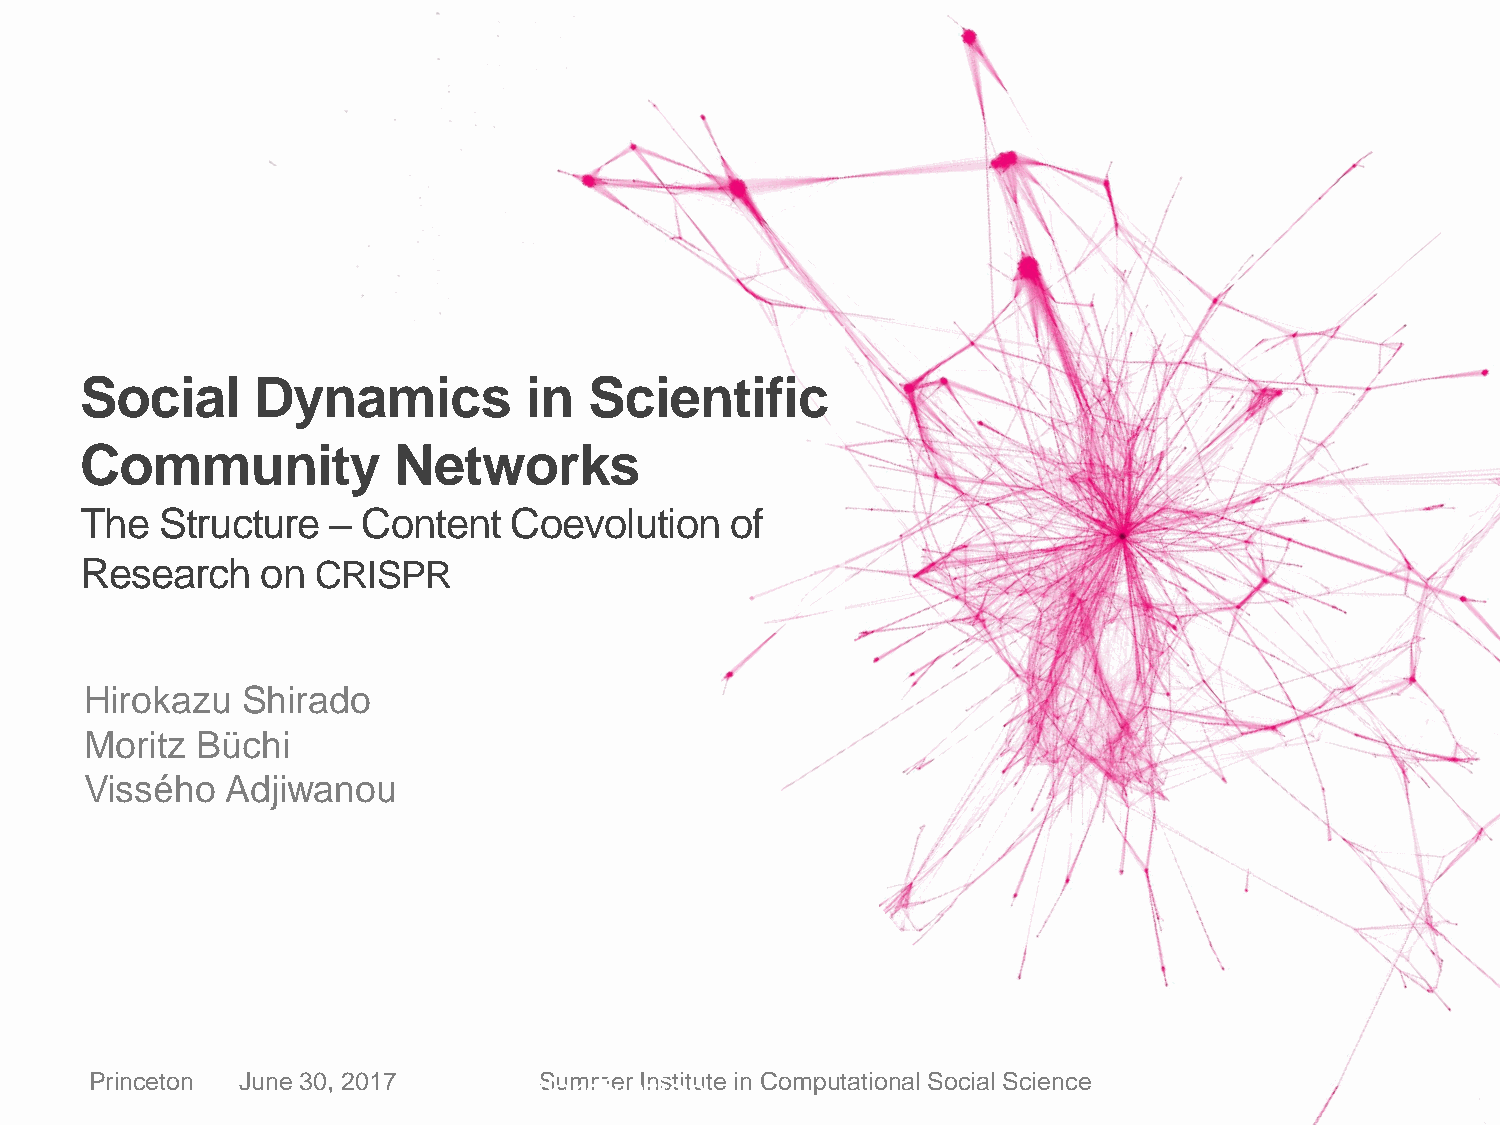
Social      Dynamics          in  Scientific
 Community            Networks
 The   Structure  – Content   Coevolution   of
 Research    on  CRISPR
 Hirokazu  Shirado
 Moritz Büchi
 Vissého  Adjiwanou
 Princeton June 30, 2017  StandSaumrdmiesra Itnisotitnute in Computational Social Science
 1